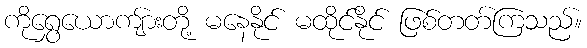
ကိုရွှေယောကျ်ားတို့ မနေနိုင် မထိုင်နိုင် ဖြစ်တတ်ကြသည်။